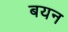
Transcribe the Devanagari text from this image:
बयन